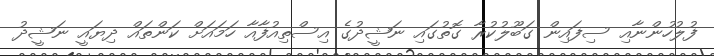
ފުލުހުންނާއި ސިފައިން ގަބޫލުކުރާ ގޮތުގައި ނަޝީދުގެ އިސްތިއުފާއާ ހަމައަށް ކަންތައް ދިޔައީ ނަޝީދު